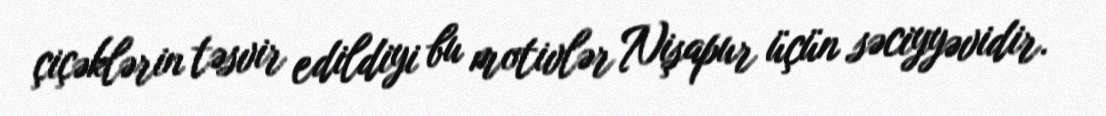
çiçəklərin təsvir edildiyi bu motivlər Nişapur üçün səciyyəvidir.